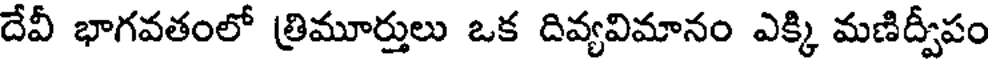
దేవీ భాగవతంలో త్రిమూర్తులు ఒక దివ్యవిమానం ఎక్కి మణిద్వీపం